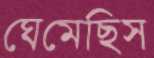
ঘেমেছিস